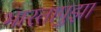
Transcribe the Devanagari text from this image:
भारतापुझा